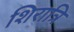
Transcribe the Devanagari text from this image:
शिरात्रि